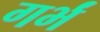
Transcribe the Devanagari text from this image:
गर्भं